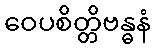
ဝေပစိတ္တိဗန္ဓနံ